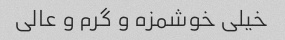
خیلی خوشمزه و گرم‌ و عالی